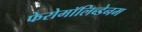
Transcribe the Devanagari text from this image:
फेरोमॉलिब्डेनम